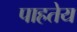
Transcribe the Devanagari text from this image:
पाहतेय